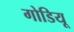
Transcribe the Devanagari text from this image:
गोडियू